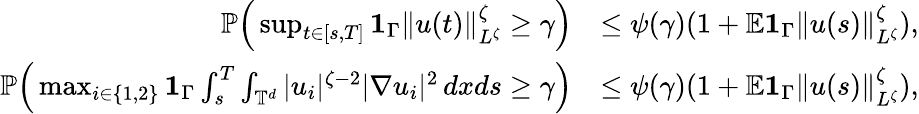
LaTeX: \begin{array}{rl}{{\mathbb P}\Big(\operatorname*{sup}_{t\in[s,T]}{{\mathbf 1}}_{\Gamma}\| u(t)\| _{L^{\zeta}}^{\zeta}\geq\gamma\Big)}&{\leq\psi(\gamma)(1+{\mathbb E}{{\mathbf 1}}_{\Gamma}\| u(s)\| _{L^{\zeta}}^{\zeta}),}\\ {{\mathbb P}\Big(\operatorname*{max}_{i\in\{ 1,2\} }{{\mathbf 1}}_{\Gamma}\int_{s}^{T}\int_{\mathbb{T}^{d}}|u_{i}|^{\zeta-2}|\nabla u_{i}|^{2}\, dxds\geq\gamma\Big)}&{\leq\psi(\gamma)(1+{\mathbb E}{{\mathbf 1}}_{\Gamma}\| u(s)\| _{L^{\zeta}}^{\zeta}),}\end{array}